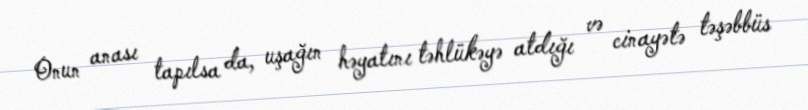
Onun anası tapılsa da, uşağın həyatını təhlükəyə atdığı və cinayətə təşəbbüs